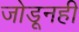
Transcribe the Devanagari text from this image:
जोडूनही